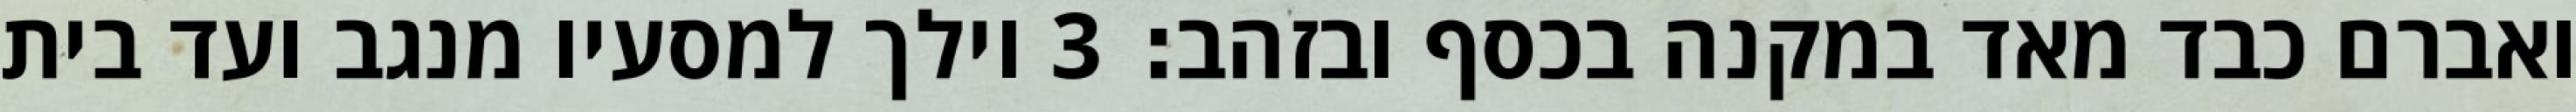
ואברם כבד מאד במקנה בכסף ובזהב׃ ‎3‏ וילך למסעיו מנגב ועד בית